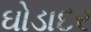
ઘોડાદર